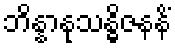
ဘိန္နာနုသန္ဓိဇနနိံ